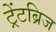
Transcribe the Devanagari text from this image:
ट्रेंटब्रिज